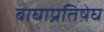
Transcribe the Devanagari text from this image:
बाघाप्रतिषेघ